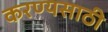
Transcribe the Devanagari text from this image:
करण्यसाठी